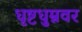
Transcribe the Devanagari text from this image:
धृष्टधुम्नवर